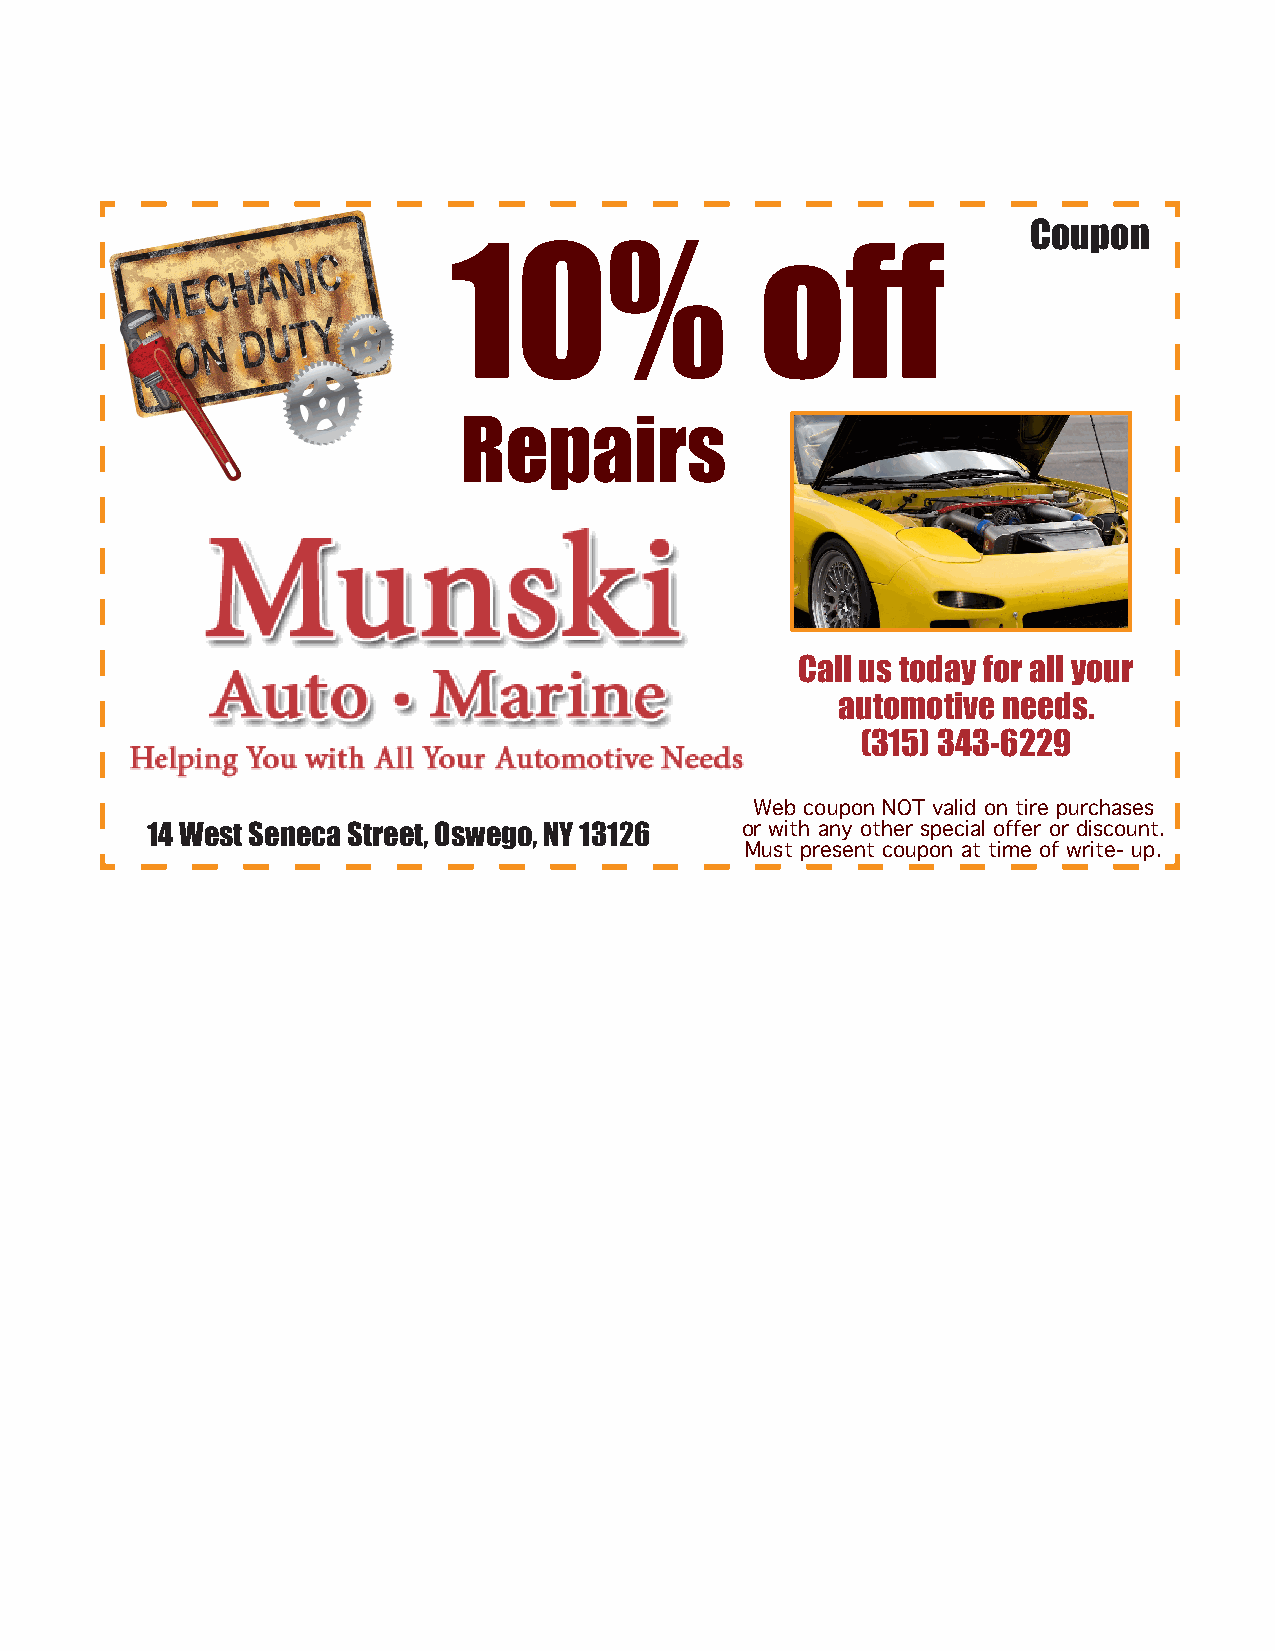
Coupon
 10%                 off
 Repairs
 Call us today for all your
 automotive needs.
 (315) 343-6229
 Web coupon NOT valid on tire purchases
 14 West Seneca Street, Oswego, NY 13126 or with any other special offer or discount.
 Must present coupon at time of write- up.